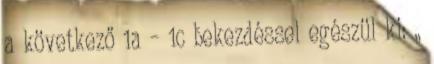
a következő 1a – 1c bekezdéssel egészül ki: „